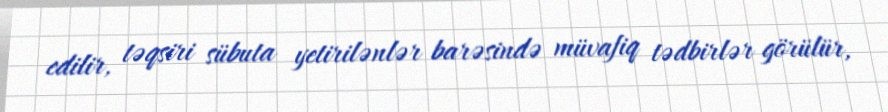
edilir, təqsiri sübuta yetirilənlər barəsində müvafiq tədbirlər görülür,